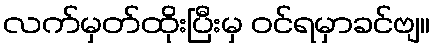
လက်မှတ်ထိုးပြီးမှ ဝင်ရမှာခင်ဗျ။